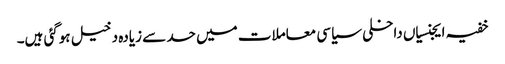
خفیہ ایجنسیاں داخلی سیاسی معاملات میں حد سے زیادہ دخیل ہوگئی ہیں۔